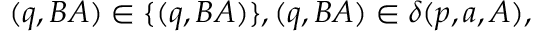
( q , B A ) \in \{ ( q , B A ) \} , ( q , B A ) \in \delta ( p , a , A ) ,